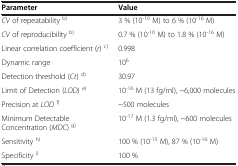
| Parameter | Value |
 | --- | --- |
 | CV of repeatability b) | 3 % (10-10 M) to 6 % (10-16 M) |
 | CV of reproducibility b) | 0.7 % (10-10 M) to 1.8 % (10-16 M) |
 | Linear correlation coefficient (r) c) | 0.998 |
 | Dynamic range | 106 |
 | Detection threshold (Ct) d) | 30.97 |
 | Limit of Detection (LOD) e) | 10-16 M (13 fg/ml), ~6,000 molecules |
 | Precision at LODf) | ~500 molecules |
 | Minimum Detectable Concentration (MDC) g) | 10-17 M (1.3 fg/ml), ~600 molecules |
 | Sensitivity h) | 100 % (10-15 M), 87 % (10-16 M) |
 | Specificity i) | 100 % |